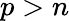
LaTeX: p>n